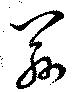
茲